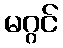
မဂ္ဂင်